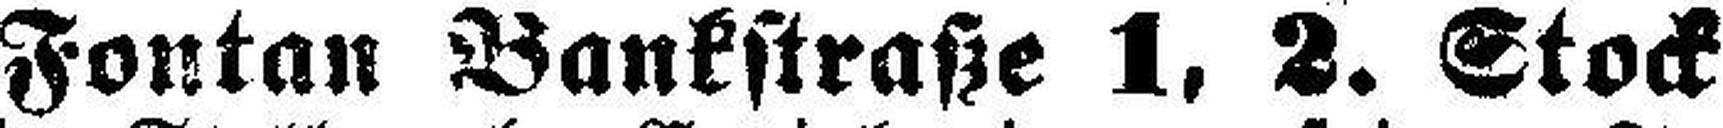
Fontan Bankstraße 1, 2. Stock